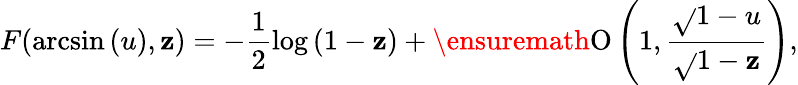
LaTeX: F(\arcsin{(u)},\mathbf{z})=-\frac{{1}}{{2}}\log{(1-\mathbf{z})}+\ensuremath{{\operatorname{O}\left(1,\frac{{\sqrt{}{{1-u}}}}{{\sqrt{}{{1-\mathbf{z}}}}}\right)}},